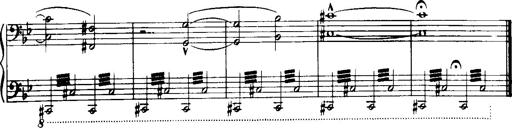
Title: Historische ungarische Bildnisse
Composer: Franz Liszt